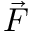
\vec { F }